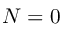
N = 0